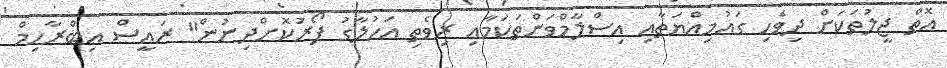
އޮތް ޖީލުތަކަށް ދިވެހި ގައުމިއްޔަތާއި އިސްލާމްވަންތަކަމާއި ރިވެތި އަހުލާގު ފޯރުކޮށްދިނުން" ރައީސް އިބްރާހިމް